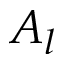
A _ { l }